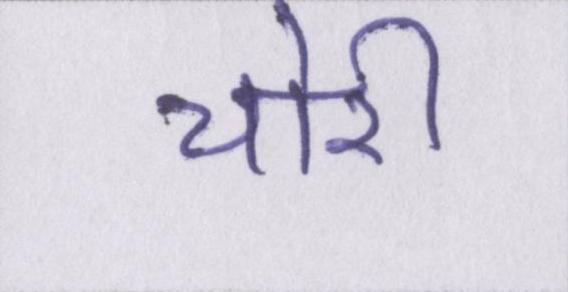
चोरी